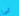
شيء